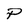
Character: P